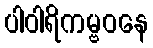
ပါဝါရိကမ္ဗဝနေ